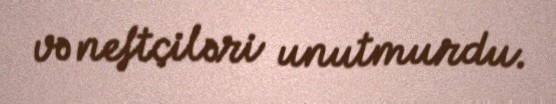
və neftçiləri unutmurdu.